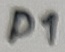
Text: D1